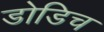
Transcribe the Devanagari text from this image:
डोडिच